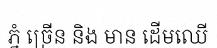
ភ្នំ ច្រើន និង មាន ដើមឈើ